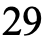
29